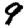
Digit: 9